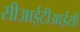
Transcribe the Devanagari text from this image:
सीआईटीआईसी